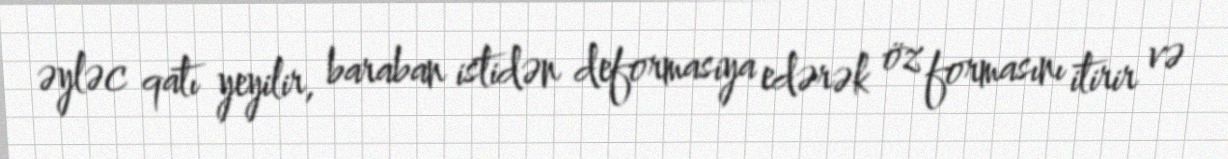
əyləc qatı yeyilir, baraban istidən deformasiya edərək öz formasını itirir və